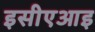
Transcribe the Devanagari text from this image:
इसीएआइ